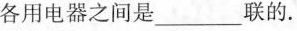
各用电器之间是___联的。房卡插入取电(第36题)